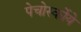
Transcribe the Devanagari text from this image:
पेचोर्स्कोये